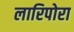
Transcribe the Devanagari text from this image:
लारिपोरा